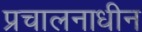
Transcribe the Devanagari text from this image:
प्रचालनाधीन